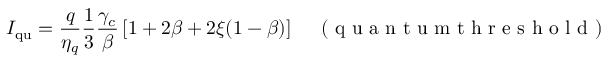
I _ { \mathrm { q u } } = \frac { q } { \eta _ { q } } \frac { 1 } { 3 } \frac { \gamma _ { c } } { \beta } \left[ 1 + 2 \beta + 2 \xi ( 1 - \beta ) \right] \quad \mathrm { ~ ( ~ q ~ u ~ a ~ n ~ t ~ u ~ m ~ t ~ h ~ r ~ e ~ s ~ h ~ o ~ l ~ d ~ ) ~ }